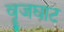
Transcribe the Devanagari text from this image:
वॄजघाट